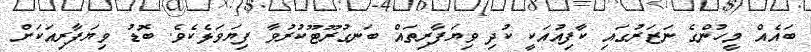
ބައެއް މީހުންގެ ނަޒަރުގައި ކާފިއުއަކީ ކުދި ވިޔަފާރިތައް ބަނގުރޫޓޫކުރުވާ ފިޔަވަޅެކެވެ. ބޮޑު ވިޔަފާރިއަކަށް